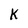
Character: k